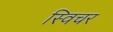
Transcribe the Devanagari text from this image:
स्विचर